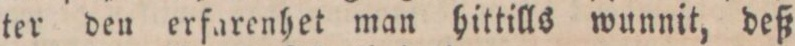
ter den erfarenhet man hittills wunnit, deß